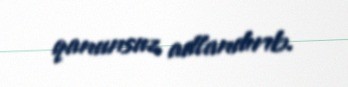
qanunsuz adlandırıb.